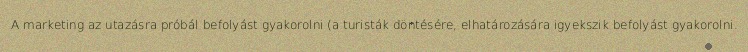
A marketing az utazásra próbál befolyást gyakorolni (a turisták döntésére, elhatározására igyekszik befolyást gyakorolni.